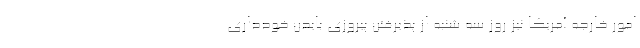
امور خارجه آمریکا نیز روز سه شنبه از پذیرفتن پیروزی بایدن خودداری